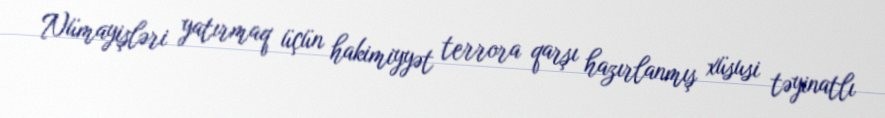
Nümayişləri yatırmaq üçün hakimiyyət terrora qarşı hazırlanmış xüsusi təyinatlı